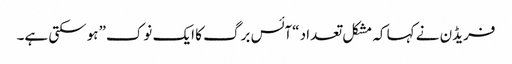
فریڈن نے کہا کہ مشکل تعداد “آئس برگ کا ایک نوک” ہوسکتی ہے۔